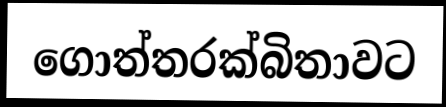
ගොත්තරක්බිතාවට